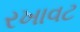
રખાવટ